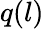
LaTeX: q(l)